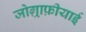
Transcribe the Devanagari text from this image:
जोग़्राफ़ीयाई